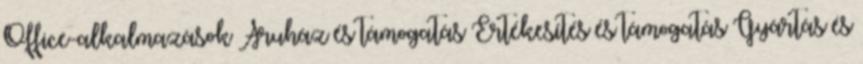
Office-alkalmazások Áruház és támogatás Értékesítés és támogatás Gyártás és